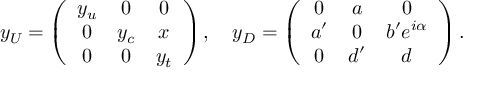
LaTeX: y _ { U } = \left( \begin{array} { c c c } { { y _ { u } } } & { { 0 } } & { { 0 } } \\ { { 0 } } & { { y _ { c } } } & { { x } } \\ { { 0 } } & { { 0 } } & { { y _ { t } } } \end{array} \right) , \quad y _ { D } = \left( \begin{array} { c c c } { { 0 } } & { { a } } & { { 0 } } \\ { { a ^ { \prime } } } & { { 0 } } & { { b ^ { \prime } e ^ { i \alpha } } } \\ { { 0 } } & { { d ^ { \prime } } } & { { d } } \end{array} \right) .